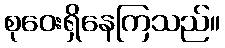
စုဝေးရှိနေကြသည်။